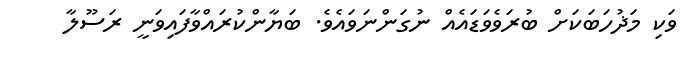
ވަކި މަޛުހަބަކަށް ބުރަވެވަޑައެއް ނުގަންނަވައެވެ. ބަޔާންކުރައްވާފައިވަނީ ރަސޫލާ